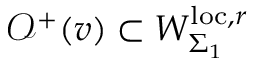
\mathcal { O } ^ { + } ( v ) \subset W _ { \Sigma _ { 1 } } ^ { \mathrm { l o c } , r }